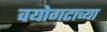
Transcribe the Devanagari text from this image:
वयोगटाच्या